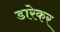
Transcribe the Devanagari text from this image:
डारेकर